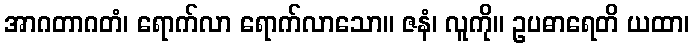
အာဂတာဂတံ၊ ရောက်လာ ရောက်လာသော။ ဇနံ၊ လူကို။ ဥပဓာရေတိ ယထာ၊